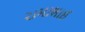
રામાભાઈ